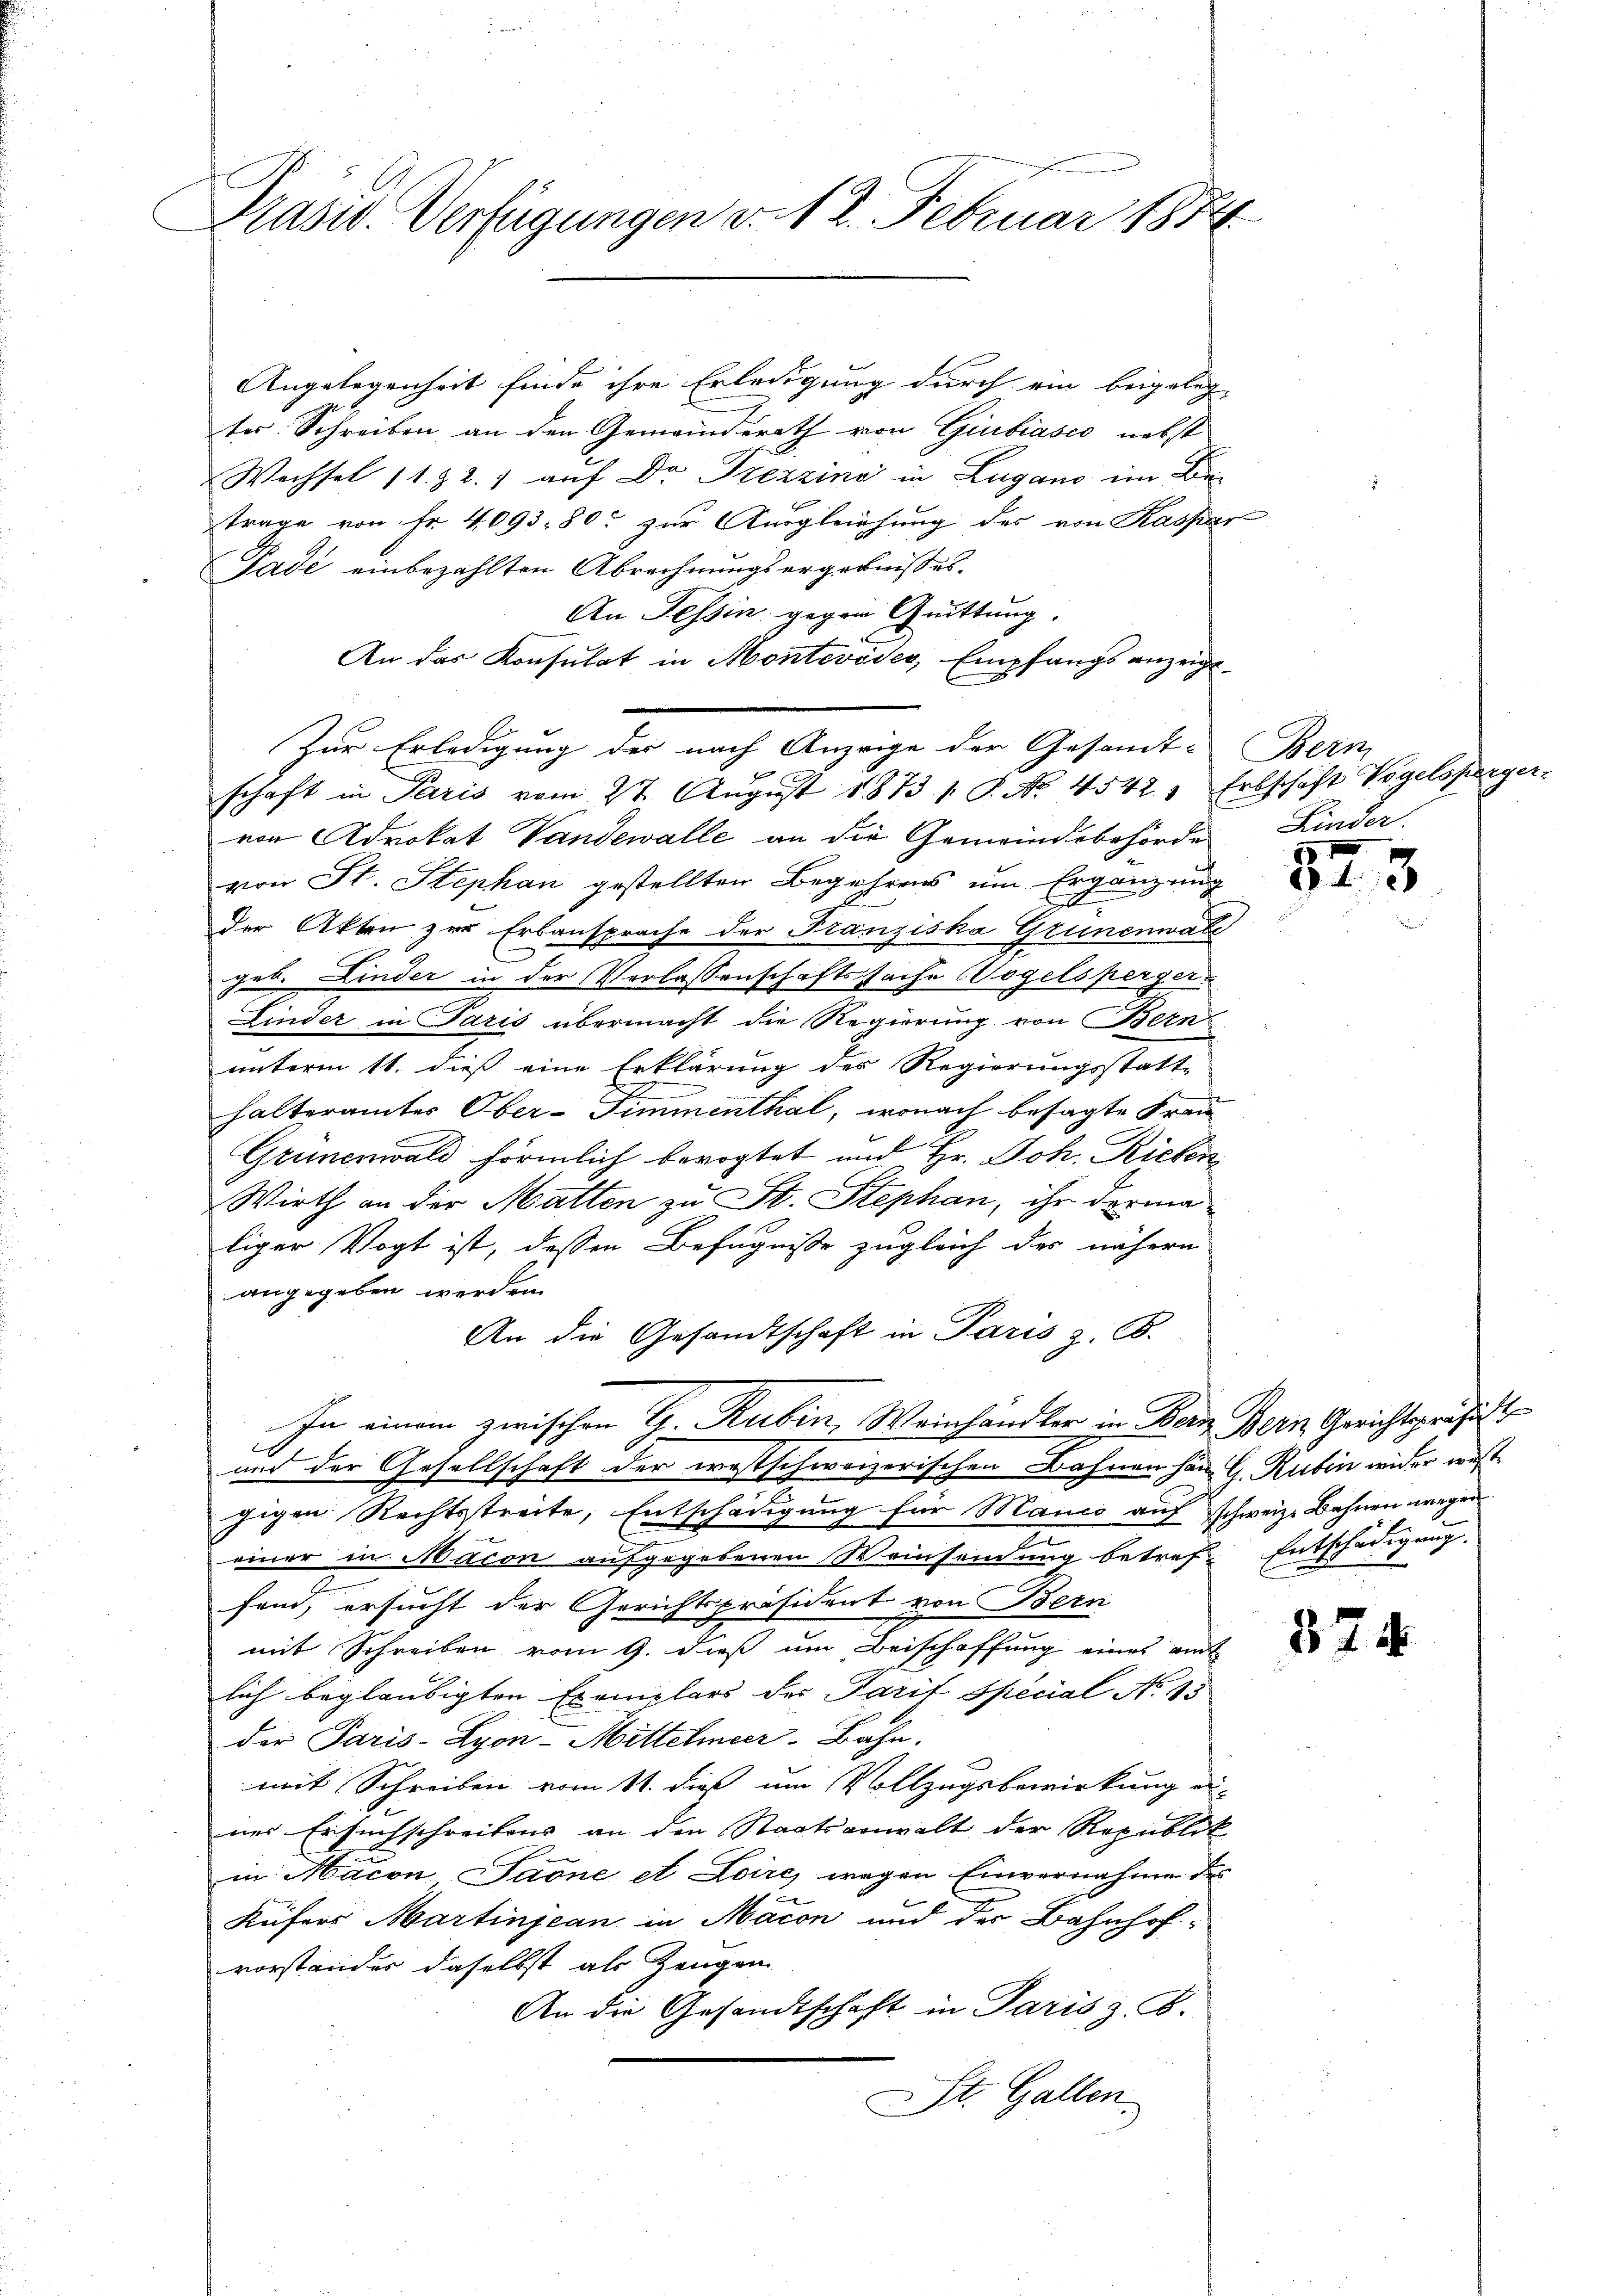
Präsid. Verfügungen v. 12. Februar 1884

Angelegenheit finde ihre Erledigung durch ein beigeleg-
ter Schreiben an den Gemeindsrath von Giubiasco, nebst
Wechsel 11. Z. 2. auf Dr. Grezzins in Lugano im Be-
trage von Fr. 4093. 80. zur Ausgleichung des von Kaspar
Pade einbezahlten Abrechnungsergebnisses.
An Tessin gegen Quittung.
An das Konsulat in Montevides, Empfangs anzeigt
von Advokat Vandewalle an die Gemeindsbehörde Kinder
von St. Stephan gestellten Begehrens um Ergänzung
A
der Akten zur Erbansprache der Franziska Grünenwatz
geb. Linder in der Verlassenschaftssache Vogelsperger¬
Linder in Paris übermacht die Regierung von Bern
unterm 11. dieß eine Erklärung der Regierungsstatt-
halteramtes Ober-Fimmenthal, wonach besagte Frau
Grünenwald förmlich bevogtet und Hr. Joh. Rieten
Wirth an der Matten zu St. Stephan, ihr derma
liger Vogt ist, dessen Befugniße zugleich des nähern
angegeben werden.
An die Gesandtschaft in Paris z. B.
In einem zwischen G. Rubin, Weinhandler in Bern Bern Gerichtspräsi
und der Gesellschaft der westschweizerischen Bahnen han h. Rubin wider west
gigen Rechtsstreite, Entschädigung für Manco auf schweiz. Bahnen wegen
einer in Macon aufgegebenen Weinsendung betref- Entschädigung.
n
fand, ersucht der Gerichtspräsident von Bern
mit Schreiben vom 9. dieß um Beischaffung eines amt
lich beglaubigten Exemplars der Parit Special No 13
der Paris-Lyon-Mittelmeer-Bahn.
mit Schreiben vom 11. dieß um Vollzugsbewirkung ei-
nes Ersuchschreibens an den Staatsanwalt der Republik
in Macon Paone et Loire, wegen Einvernahme des
Küfers Martinjean in Macon und der Bahnhofvorstander daselbst als Zeugen
An die Gesandtschaft in Paris z. B.
St. Gallen.

Zur Erledigung des nach Anzeige der Gesamt-Berm
schaft in Paris vom 27. August 1873 1 S. No. 4542, Erbschäft Vogelsperger

f
943

374